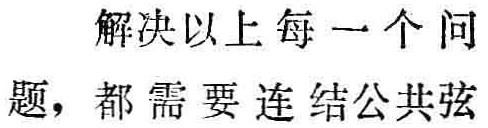
解决以上每一个问题，都需要连结公共弦